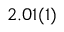
2 . 0 1 ( 1 )